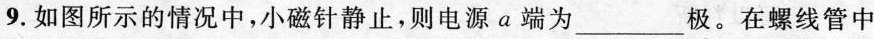
9.如图所示的情况中，小磁针静止，则电源a端为___极。在螺线管中